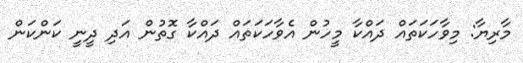
މާރިޔާ: މިވާހަކަތައް ދައްކާ މީހުން އެވާހަކަތައް ދައްކާ ގޮތުން އަދި ދީނީ ކަންކަން